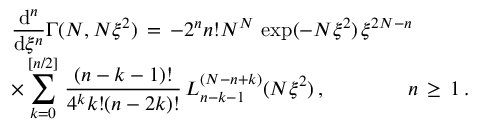
\begin{array} { l } { \displaystyle \frac { \mathrm { d } ^ { n } } { \mathrm { d } \xi ^ { n } } \Gamma ( N , N \xi ^ { 2 } ) \, = \, - 2 ^ { n } n ! N ^ { N } \, \exp ( - N \xi ^ { 2 } ) \, \xi ^ { 2 N - n } \, } \\ { \displaystyle \times \sum _ { k = 0 } ^ { [ n / 2 ] } \, \frac { ( n - k - 1 ) ! } { 4 ^ { k } k ! ( n - 2 k ) ! } \, L _ { n - k - 1 } ^ { ( N - n + k ) } ( N \xi ^ { 2 } ) \, , \qquad \qquad n \, \ge \, 1 \, . } \end{array}